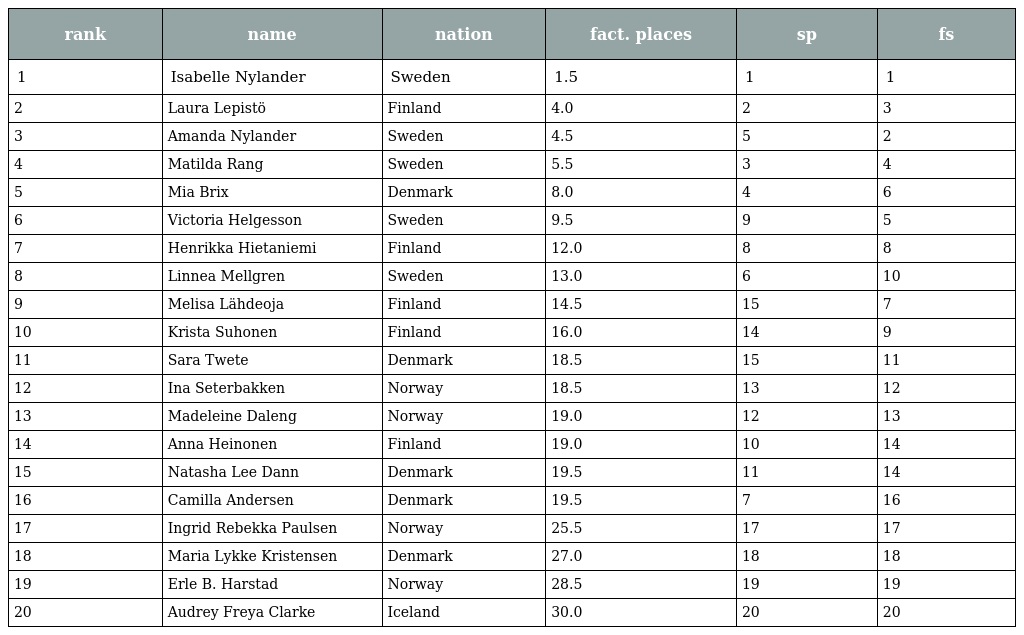
| rank | name | nation | fact. places | sp | fs |
 | --- | --- | --- | --- | --- | --- |
 | 1 | Isabelle Nylander | Sweden | 1.5 | 1 | 1 |
 | 2 | Laura Lepistö | Finland | 4.0 | 2 | 3 |
 | 3 | Amanda Nylander | Sweden | 4.5 | 5 | 2 |
 | 4 | Matilda Rang | Sweden | 5.5 | 3 | 4 |
 | 5 | Mia Brix | Denmark | 8.0 | 4 | 6 |
 | 6 | Victoria Helgesson | Sweden | 9.5 | 9 | 5 |
 | 7 | Henrikka Hietaniemi | Finland | 12.0 | 8 | 8 |
 | 8 | Linnea Mellgren | Sweden | 13.0 | 6 | 10 |
 | 9 | Melisa Lähdeoja | Finland | 14.5 | 15 | 7 |
 | 10 | Krista Suhonen | Finland | 16.0 | 14 | 9 |
 | 11 | Sara Twete | Denmark | 18.5 | 15 | 11 |
 | 12 | Ina Seterbakken | Norway | 18.5 | 13 | 12 |
 | 13 | Madeleine Daleng | Norway | 19.0 | 12 | 13 |
 | 14 | Anna Heinonen | Finland | 19.0 | 10 | 14 |
 | 15 | Natasha Lee Dann | Denmark | 19.5 | 11 | 14 |
 | 16 | Camilla Andersen | Denmark | 19.5 | 7 | 16 |
 | 17 | Ingrid Rebekka Paulsen | Norway | 25.5 | 17 | 17 |
 | 18 | Maria Lykke Kristensen | Denmark | 27.0 | 18 | 18 |
 | 19 | Erle B. Harstad | Norway | 28.5 | 19 | 19 |
 | 20 | Audrey Freya Clarke | Iceland | 30.0 | 20 | 20 |